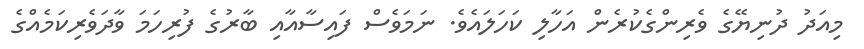
މިއަދު ދުނިޔޭގެ ވެރިންގެކުރެން އަހާލި ކަހަލައެވެ. ނަމަވެސް ފައިސާއާއި ބާރުގެ ފުރިހަމަ ވާދަވެރިކަމެއްގެ